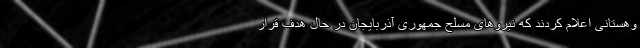
وهستانی اعلام کردند که نیروهای مسلح جمهوری آذربایجان در حال هدف قرار